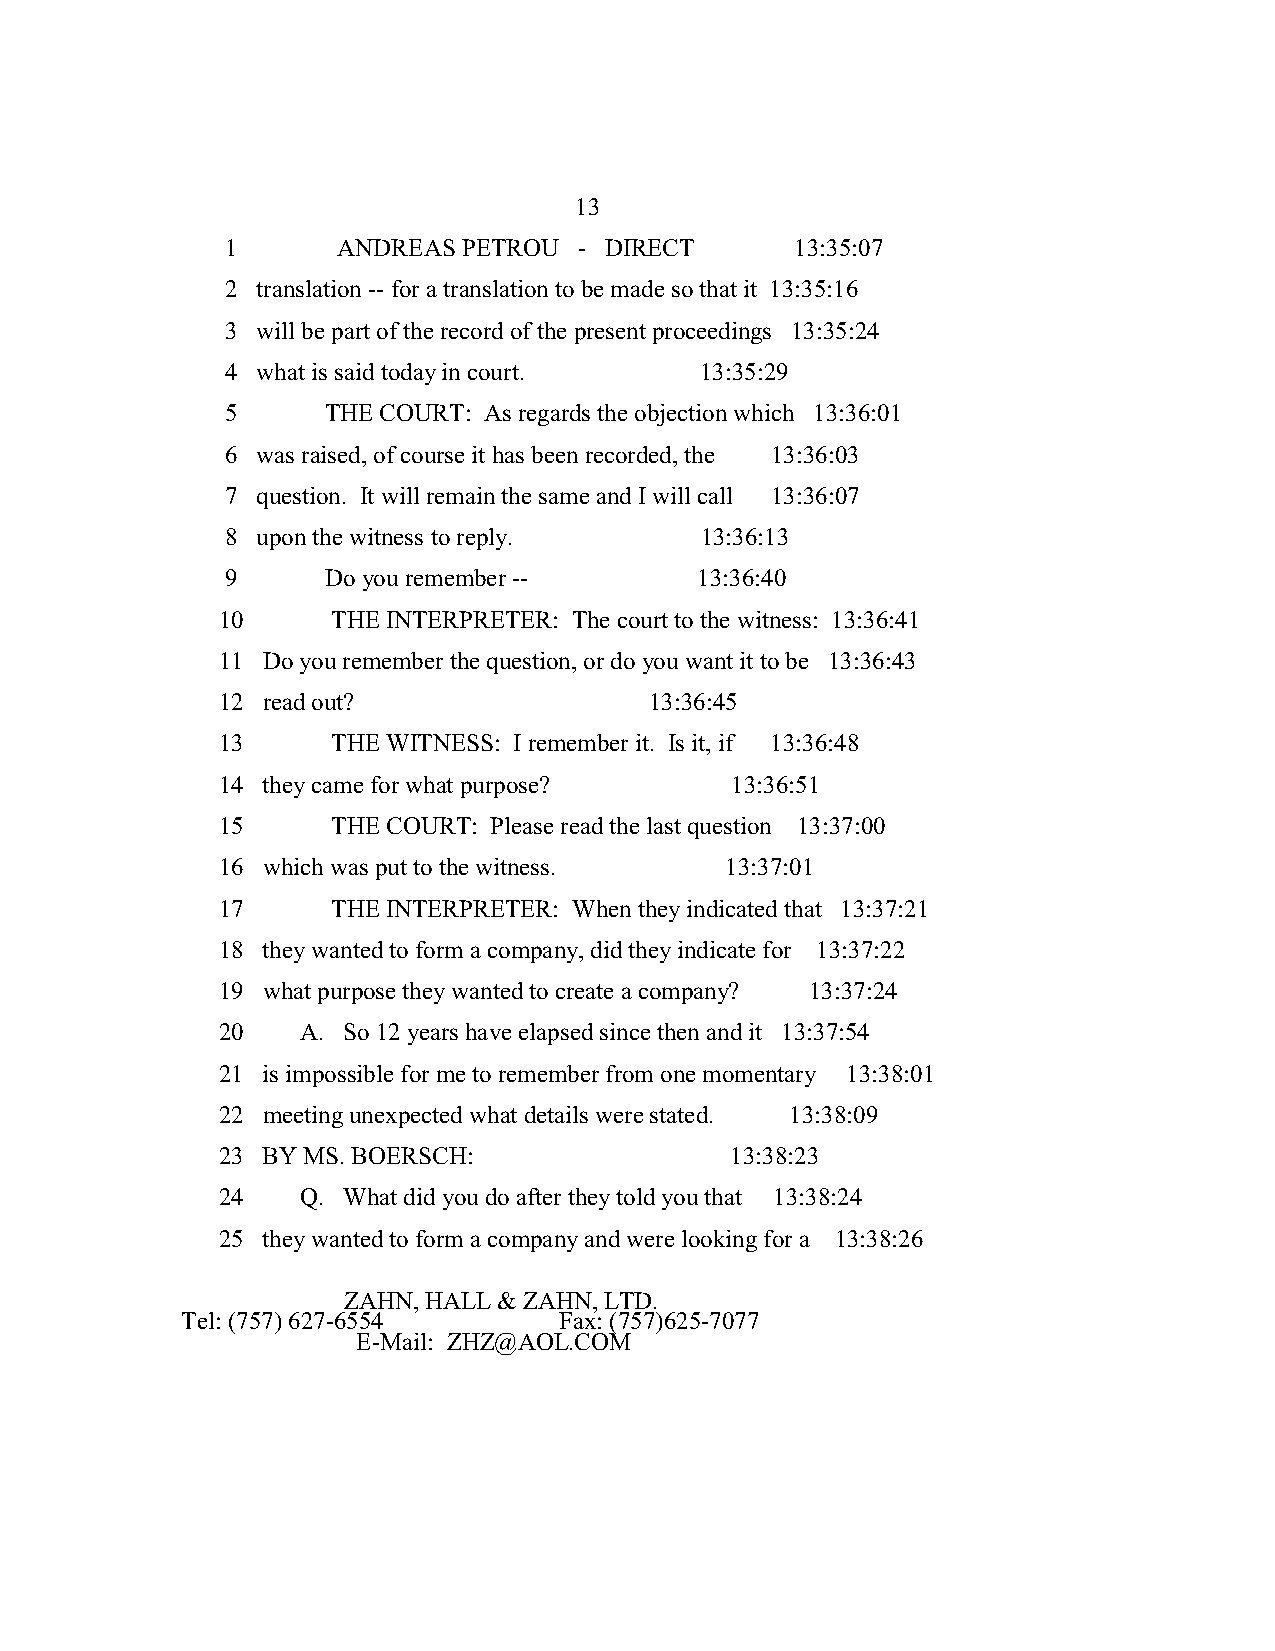
13
 1      ANDREAS  PETROU - DIRECT       13:35:07
 2 translation -- for a translation to be made so that it 13:35:16
 3 will be part of the record of the present proceedings 13:35:24
 4 what is said today in court. 13:35:29
 5      THE COURT: As regards the objection which 13:36:01
 6 was raised, of course it has been recorded, the 13:36:03
 7 question. It will remain the same and I will call 13:36:07
 8 upon the witness to reply.   13:36:13
 9      Do you remember --      13:36:40
 10      THE INTERPRETER: The court to the witness: 13:36:41
 11 Do you remember the question, or do you want it to be 13:36:43
 12 read out?                 13:36:45
 13      THE WITNESS: I remember it. Is it, if 13:36:48
 14 they came for what purpose?    13:36:51
 15      THE COURT: Please read the last question 13:37:00
 16 which was put to the witness.  13:37:01
 17      THE INTERPRETER: When they indicated that 13:37:21
 18 they wanted to form a company, did they indicate for 13:37:22
 19 what purpose they wanted to create a company? 13:37:24
 20    A. So 12 years have elapsed since then and it 13:37:54
 21 is impossible for me to remember from one momentary 13:38:01
 22 meeting unexpected what details were stated. 13:38:09
 23 BY MS. BOERSCH:                13:38:23
 24    Q. What did you do after they told you that 13:38:24
 25 they wanted to form a company and were looking for a 13:38:26
 ZAHN, HALL & ZAHN, LTD.
 Tel: (757) 627-6554      Fax: (757)625-7077
 E-Mail: ZHZ@AOL.COM